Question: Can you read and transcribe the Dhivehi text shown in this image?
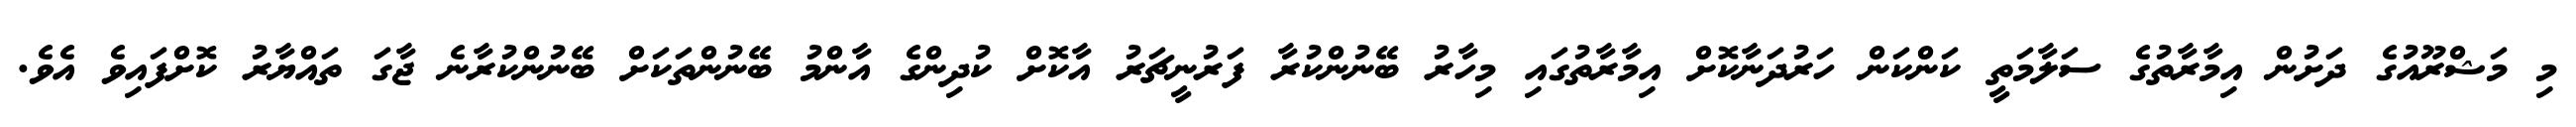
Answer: މި މަޝްރޫއުގެ ދަށުން އިމާރާތުގެ ސަލާމަތީ ކަންކަން ހަރުދަނާކޮށް އިމާރާތުގައި މިހާރު ބޭނުންކުރާ ފަރުނީޗަރު އާކޮށް ކުދިންގެ އާންމު ބޭނުންތަކަށް ބޭނުންކުރާނެ ޖާގަ ތައްޔާރު ކޮށްފައިވެ އެވެ.